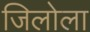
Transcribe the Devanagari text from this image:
जिलोला